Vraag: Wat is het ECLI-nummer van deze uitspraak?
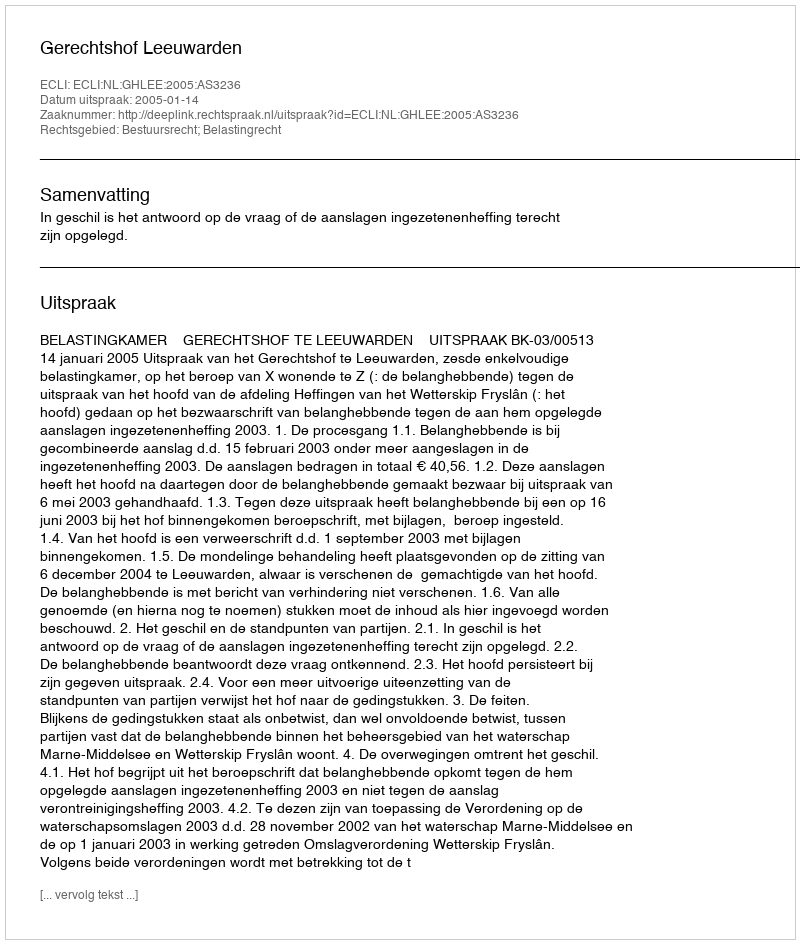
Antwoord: ECLI:NL:GHLEE:2005:AS3236